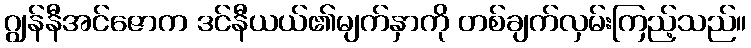
ဂျွန်နီအင်ဇောက ဒင်နီယယ်၏မျက်နှာကို တစ်ချက်လှမ်းကြည့်သည်။